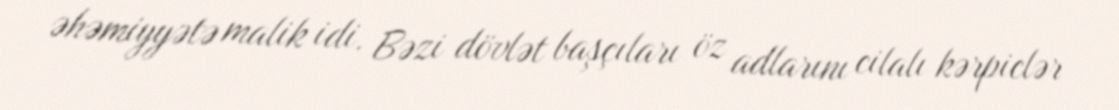
əhəmiyyətə malik idi. Bəzi dövlət başçıları öz adlarını cilalı kərpiclər